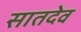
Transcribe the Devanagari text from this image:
सातदेव